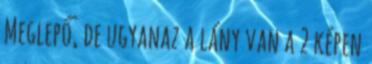
Meglepő, de ugyanaz a lány van a 2 képen